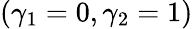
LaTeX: (\gamma_{1}=0,\gamma_{2}=1)